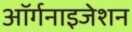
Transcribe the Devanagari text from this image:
अॉर्गनाइजेशन